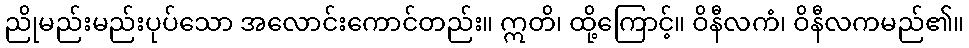
ညိုမည်းမည်းပုပ်သော အလောင်းကောင်တည်း။ ဣတိ၊ ထို့ကြောင့်။ ဝိနီလကံ၊ ဝိနီလကမည်၏။